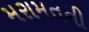
મરામતની